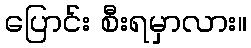
ပြောင်း စီးရမှာလား။